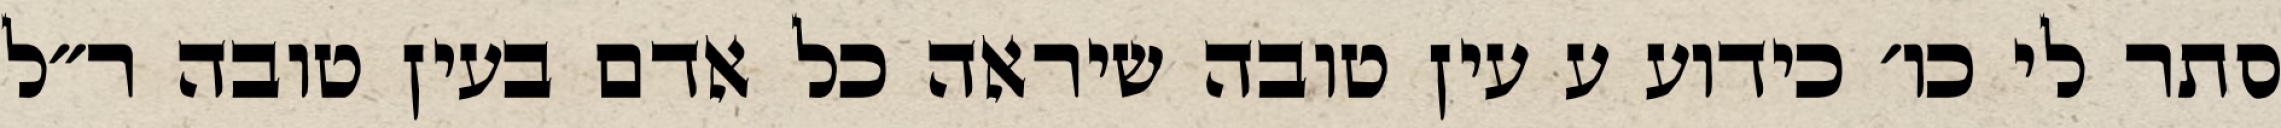
סתר לי כו׳ כידוע ע עין טובה שיראה כל אדם בעין טובה ר״ל